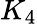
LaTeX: K_{4}